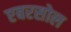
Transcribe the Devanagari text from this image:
एबरसोल